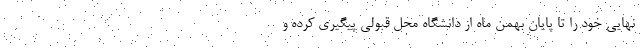
نهایی خود را تا پایان بهمن ماه از دانشگاه محل قبولی پیگیری کرده و